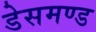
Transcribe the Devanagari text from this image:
डेसमण्ड